Lunatic asylums in Bengal annual reports 1899-1911 - 1899-1911
Year: 1899
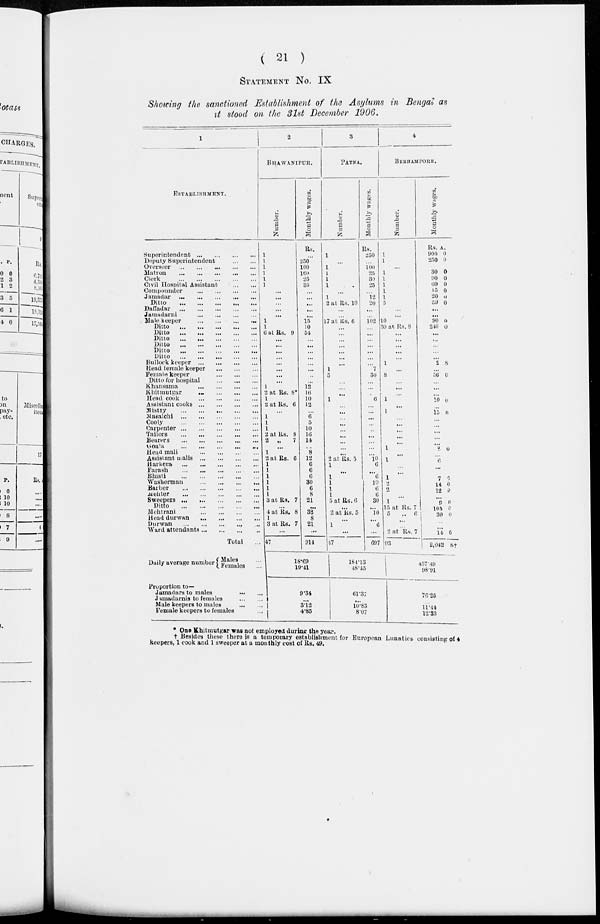
( 21 )
STATEMENT No. IX
Showing the sanctioned Establishment of the Asylums in Bengal as
it stood on the 31st December 1906.
1
ESTABLISHMENT.
Superintendent
...
...
...
...
Deputy Superintendent
...
...
Overseer
...
...
...
...
...
Matron
...
...
...
...
...
Clerk
...
...
...
...
...
Civil Hospital Assistant
...
...
Compounder
...
...
...
...
Jamadar
...
...
...
...
...
Ditto
...
...
...
...
...
Daffadar
...
...
...
...
...
Jamadarni
...
...
...
...
Male keeper
...
...
...
...
Ditto
...
...
...
...
...
Ditto ... ... ... ... ...
Ditto ... ... ... ... ...
Ditto
...
...
...
...
...
Ditto
...
...
...
...
...
Ditto ... ... ... ... ...
Bullock keeper
...
...
...
...
Head female keeper
...
...
...
Female keeper
...
...
...
Ditto for hospital
...
...
...
Khansama
...
...
...
...
Khitmutgar
...
...
...
...
Head cook
...
...
...
...
Assistant cooks
...
...
...
...
Mistry
...
...
...
...
...
Masalchi
...
...
...
...
...
Cooly
...
...
...
...
...
Carpenter
...
...
...
...
...
Tailors
...
...
...
...
...
Bearers
...
...
...
...
...
Goala
...
...
...
...
...
Head mali
...
...
...
...
Assistant malis
...
...
...
...
Harkera
...
...
...
...
...
Farash
...
...
...
...
...
Bhisti
...
...
...
...
...
Washerman
...
...
...
...
Barber
...
...
...
...
...
Mehter
...
...
...
...
...
Sweepers
...
...
...
...
...
Ditto
...
...
...
...
...
Mehtrani
...
...
...
...
Head durwan
...
...
...
...
Durwan
...
...
...
...
...
Ward attendants
...
...
...
...
Total ...
Daily average number
Males ...
Females ...
Proportion to—
Jamadars to males ... ...
Jamadarnis to females
...
...
Male keepers to males
...
...
Female keepers to females ...
2
BHAWANIPUR.
Number.
1
1
1
1
1
1
...
...
...
...
...
1
1
6 at Rs. 9
...
...
...
...
...
...
...
...
1
2 at Rs. 8*
1
2 at Rs. 6
...
1
1
1
2 at Rs. 8
2
„
7
...
1
2 at Rs. 6
1
1
1
1
1
1
3 at Rs. 7
...
4 at Rs. 8
1
3 at Rs. 7
...
47
Monthly wages.
Rs.
...
250
100
160
25
35
...
...
...
...
...
15
10
54
...
...
...
...
...
...
...
...
12
16
10
12
...
6 5
10
16
14
... 8
12
6
6
6
30
6
8
21
...
32
8
21
...
914
18.69
19.41
9.34
...
3.12
4.85
3
PATNA.
Number.
1
...
1
1
1
1
...
1
2 at Rs. 10
...
...
17 at Rs. 6
...
...
...
...
...
...
...
1
5
...
...
...
1
...
...
...
...
...
...
...
...
...
2 at Rs. 5
1
...
1
1
1
1
5 at Rs. 6
...
2 at Rs. 5
...
1
...
47
Monthly wages.
Rs.
250
...
100
25
30
25
...
12
20
...
...
102
...
...
...
...
...
...
...
7
30
...
...
...
6
...
...
... ...
...
...
...
...
...
... 6
... 6
10
6
6
30
...
10
...
6
...
697
184.13
48.45
61.37
...
10.83
8.07
4
BERHAMPORE.
Number.
1
1
...
1
1
1
1
1
5
...
...
10
30 at Rs. 8
...
...
...
...
...
1
...
8
...
...
...
1
...
1
...
...
...
...
...
1
...
1
...
...
1
2
2
...
1
15 at Rs. 7
5
„ 6
...
...
2 at Rs. 7
93
Monthly wages.
Rs.
900
250
30
90
60
15
20
39
A.
0
0
0
0
0
0
0
0
...
...
90
240
0
0
...
...
...
...
...
2 8
...
56
6
...
...
...
10 0
...
15 0
...
...
...
...
...
8
0
...
6
...
...
7
14
12
0
0
0
...
8
105
30
0
0
0
...
...
14
2,042
0
8½
457. 49
98.91
76.25
11.44
12.33
* One Khitmutgar was not employed during the year.
† Besides these there is a temporary establishment for European Lunatics consisting of 4
keepers, 1 cook and 1 sweeper at a monthly cost of Rs. 49.